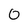
Character: 0